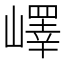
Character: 嶧